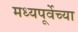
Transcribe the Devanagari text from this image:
मध्यपूर्वेच्या